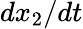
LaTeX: dx_{2}/dt